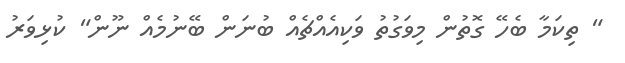
" ތިކަމާ ބެހޭ ގޮތުން މިވަގުތު ވަކިއެއްޗެއް ބުނަން ބޭނުމެއް ނޫން" ކުޅިވަރު